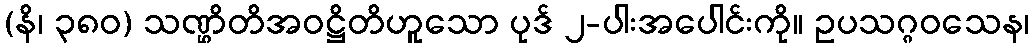
(နိ၊ ၃၈၀) သဏ္ဌိတိအဝဋ္ဌိတိဟူသော ပုဒ် ၂-ပါးအပေါင်းကို။ ဥပသဂ္ဂဝသေန၊